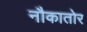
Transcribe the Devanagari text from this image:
नौकातोर